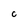
Character: c